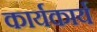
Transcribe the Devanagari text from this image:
कार्यकार्य